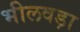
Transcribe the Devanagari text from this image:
भीलवड़ा